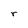
Character: r